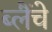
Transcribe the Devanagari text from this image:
ब्लैंचे